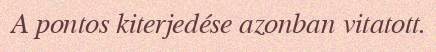
A pontos kiterjedése azonban vitatott.